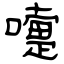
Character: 嚏